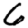
Digit: 6